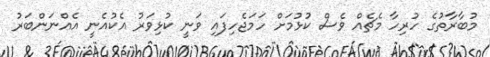
މުބާރާތުގެ ހުރިހާ މެޗެއް ވެސް ކުޅުމަށް ހަމަޖެހިފައި ވަނީ ކުޅިވަރު އެކުއެނީ އެއްނަންބަރު